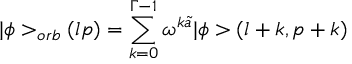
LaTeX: \vert \phi > _ { o r b } ( l p ) = \sum _ { k = 0 } ^ { \Gamma - 1 } \omega ^ { k \tilde { a } } \vert \phi > ( l + k , p + k )